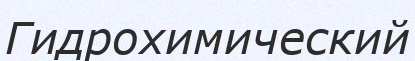
Гидрохимический